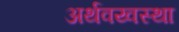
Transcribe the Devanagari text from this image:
अर्थवय्वस्था